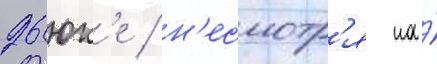
дьюк'е / н'есмотр'я на́